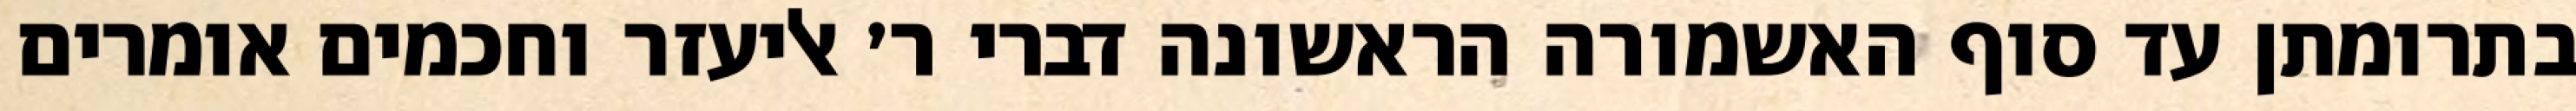
בתרומתן עד סוף האשמורה הראשונה דברי ר׳ אליעזר וחכמים אומרים